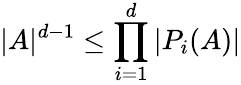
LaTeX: |A|^{d-1}\leq\prod_{i=1}^{d}|P_{i}(A)|